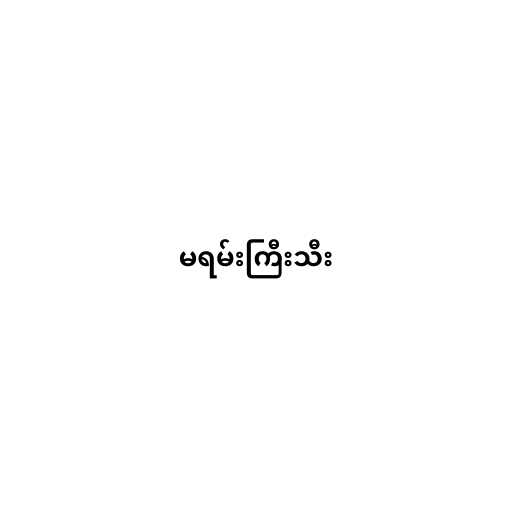
မရမ်းကြီးသီး